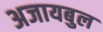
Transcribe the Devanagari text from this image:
अजायबुल